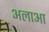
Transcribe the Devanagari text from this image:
अलाआ